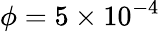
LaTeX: \phi=5\times 10^{-4}